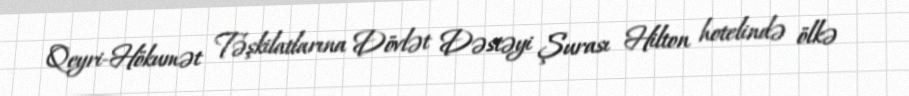
Qeyri-Hökumət Təşkilatlarına Dövlət Dəstəyi Şurası Hilton hotelində ölkə